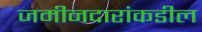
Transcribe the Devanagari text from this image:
जमीनदारांकडील